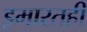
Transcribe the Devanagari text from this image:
इमारतही